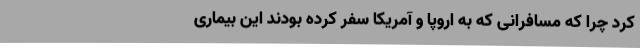
کرد چرا که مسافرانی که به اروپا و آمریکا سفر کرده بودند این بیماری